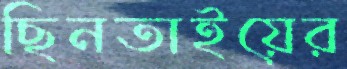
ছিনতাইয়ের